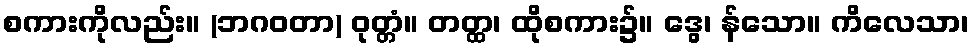
စကားကိုလည်း။ (ဘဂဝတာ) ဝုတ္တံ။ တတ္ထ၊ ထိုစကား၌။ ဒွေ၊ န်သော။ ကိလေသာ၊